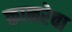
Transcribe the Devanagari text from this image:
कानरेवा